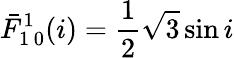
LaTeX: \bar{F}_{1\, 0}^{1}(i)=\frac{1}{2}\sqrt{3}\sin i